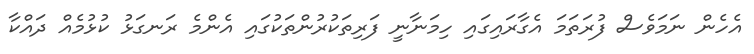
އެހެން ނަމަވެސް ފުރަތަމަ އެގާރައިގައި ހިމަނާނީ ފަރިތަކުރުންތަކުގައި އެންމެ ރަނގަޅު ކުޅުމެއް ދައްކާ